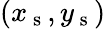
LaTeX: (x_{\mathrm{~s~}},y_{\mathrm{~s~}})